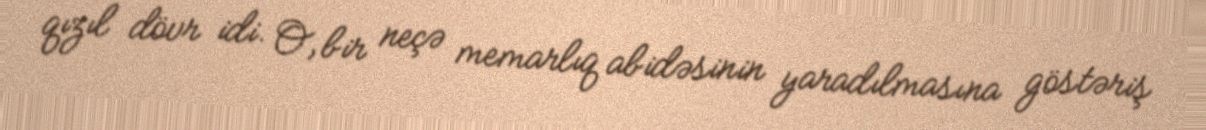
qızıl dövr idi. O, bir neçə memarlıq abidəsinin yaradılmasına göstəriş